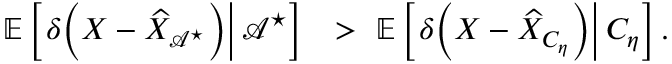
\begin{array} { r l } { { \mathbb { E } } \left[ \left. \delta { \left( X - { \widehat { X } } _ { { { \mathscr { A } } ^ { \star } } } \right) } \right| { { \mathscr { A } } ^ { \star } } \right] } & { > \ { \mathbb { E } } \left[ \left. \delta { \left( X - { \widehat { X } } _ { C _ { \eta } } \right) } \right| C _ { \eta } \right] . } \end{array}